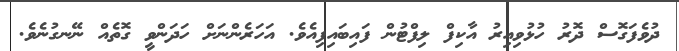
ދުވެފަގޮސް ދޮރު ހުޅުވިއިރު އާކިފް ލިފްޓުން ފައިބައިފިއެވެ. އަހަރެންނަށް ހަދަންވީ ގޮތެއް ނޭނގުނެވެ.